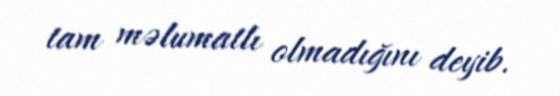
tam məlumatlı olmadığını deyib.